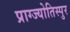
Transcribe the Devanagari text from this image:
प्राग्ज्योतिस्पुर